Vaccination United Provinces of Agra and Oudh 1902-1913 - 1902-1913
Year: 1902
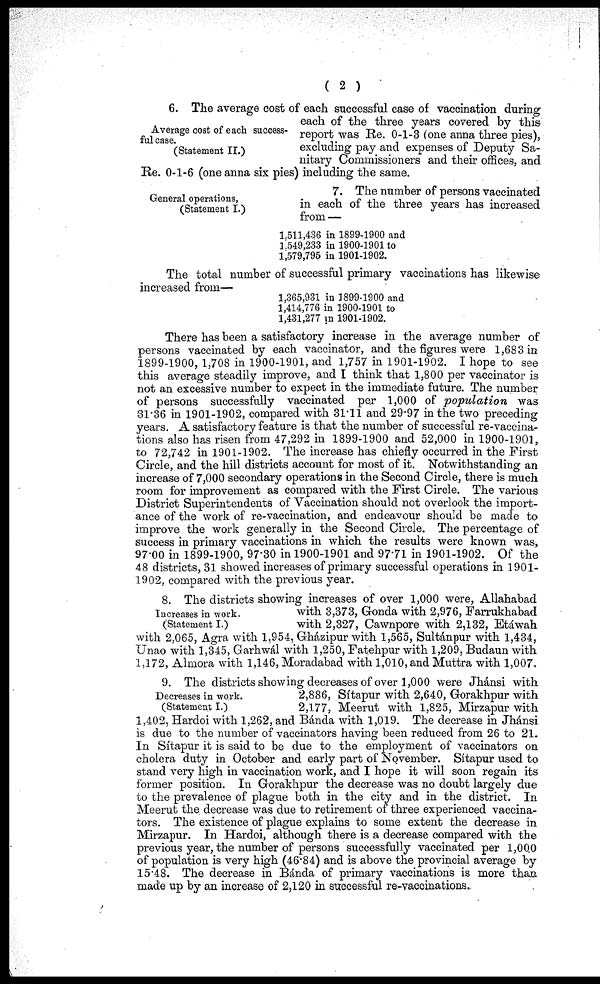
( 2 )
Average cost of each success-
ful case.
(Statement II.)
6. The average cost of each successful case of vaccination during
each of the three years covered by this
report was Re. 0-1-3 (one anna three pies),
excluding pay and expenses of Deputy Sa-
nitary Commissioners and their offices, and
Re. 0-1-6 (one anna six pies) including the same.
General operations,
(Statement I.)
7. The number of persons vaccinated
in each of the three years has increased
from—
1,511,436 in 1899-1900 and
1,549,233 in 1900-1901 to
1,579,795 in 1901-1902.
The total number of successful primary vaccinations has likewise
increased from—
1,365,931 in 1899-1900 and
1,414,776 in 1900-1901 to
1,431,277 in 1901-1902.
There has been a satisfactory increase in the average number of
persons vaccinated by each vaccinator, and the figures were 1,683 in
1899-1900, 1,708 in 1900-1901, and 1,757 in 1901-1902. I hope to see
this average steadily improve, and I think that 1,800 per vaccinator is
not an excessive number to expect in the immediate future. The number
of persons successfully vaccinated per 1,000 of population
was
31.36 in 1901-1902, compared with 31.11 and 29.97 in the two preceding
years. A satisfactory feature is that the number of successful re-vaccina-
tions also has risen from 47,292 in 1899-1900 and 52,000 in 1900-1901,
to 72,742 in 1901-1902. The increase has chiefly occurred in the First
Circle, and the hill districts account for most of it. Notwithstanding an
increase of 7,000 secondary operations in the Second Circle, there is much
room for improvement as compared with the First Circle. The various
District Superintendents of Vaccination should not overlook the import-
ance of the work of re-vaccination, and endeavour should be made to
improve the work generally in the Second Circle. The percentage of
success in primary vaccinations in which the results were known was,
97.00 in 1899-1900, 97.30 in 1900-1901 and 97.71 in 1901-1902. Of the
48 districts, 31 showed increases of primary successful operations in 1901-
1902, compared with the previous year.
Increases in work.
(Statement I.)
8. The districts showing increases of over 1,000 were, Allahabad
with 3,373, Gonda with 2,976, Farrukhabad
with 2,327, Cawnpore with 2,132, Etáwah
with 2,065, Agra with 1,954, Gházipur with 1,565, Sultánpur with 1,434,
Unao with 1,345, Garhwál with 1,250, Fatehpur with 1,209, Budaun with
1,172, Almora with 1,146, Moradabad with 1,010, and Muttra with 1,007.
Decreases in work.
(Statement I.)
9. The districts showing decreases of over 1,000 were Jhánsi with
2,886, Sítapur with 2,640, Gorakhpur with
2,177, Meerut with 1,825, Mirzapur with
1,402, Hardoi with 1,262, and Bánda with 1,019. The decrease in Jhánsi
is due to the number of vaccinators having been reduced from 26 to 21.
In Sítapur it is said to be due to the employment of vaccinators on
cholera duty in October and early part of November. Sítapur used to
stand very high in vaccination work, and I hope it will soon regain its
former position. In Gorakhpur the decrease was no doubt largely due
to the prevalence of plague both in the city and in the district. In
Meerut the decrease was due to retirement of three experienced vaccina-
tors. The existence of plague explains to some extent the decrease in
Mirzapur. In Hardoi, although there is a decrease compared with the
previous year, the number of persons successfully vaccinated per 1,000
of population is very high (46.84) and is above the provincial average by
15.48. The decrease in Bánda of primary vaccinations is more than
made up by an increase of 2,120 in successful re-vaccinations..